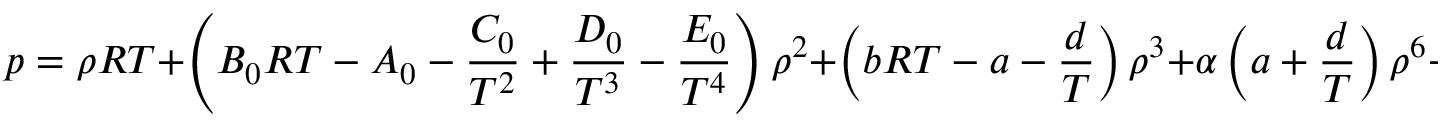
p = \rho R T + \left( B _ { 0 } R T - A _ { 0 } - { \frac { C _ { 0 } } { T ^ { 2 } } } + { \frac { D _ { 0 } } { T ^ { 3 } } } - { \frac { E _ { 0 } } { T ^ { 4 } } } \right) \rho ^ { 2 } + \left( b R T - a - { \frac { d } { T } } \right) \rho ^ { 3 } + \alpha \left( a + { \frac { d } { T } } \right) \rho ^ { 6 } + { \frac { c \rho ^ { 3 } } { T ^ { 2 } } } \left( 1 + \gamma \rho ^ { 2 } \right) \exp \left( - \gamma \rho ^ { 2 } \right)